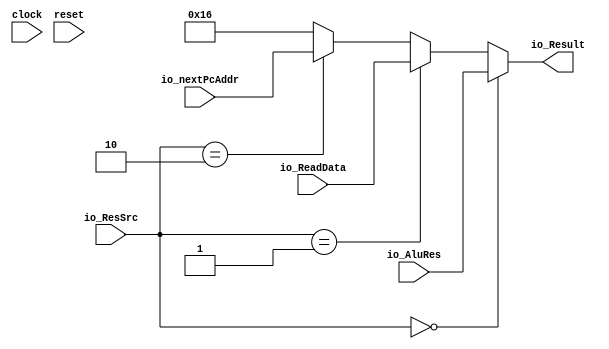
module ResultSel(
  input         clock,
  input         reset,
  input  [1:0]  io_ResSrc,
  input  [31:0] io_AluRes,
  input  [31:0] io_ReadData,
  input  [31:0] io_nextPcAddr,
  output [31:0] io_Result
);
  wire [31:0] _GEN_0 = io_ResSrc == 2'h2 ? $signed(io_nextPcAddr) : $signed(32'sh16); // @[ResultSel.scala 23:38 24:19 26:19]
  wire [31:0] _GEN_1 = io_ResSrc == 2'h1 ? $signed(io_ReadData) : $signed(_GEN_0); // @[ResultSel.scala 21:37 22:19]
  assign io_Result = io_ResSrc == 2'h0 ? $signed(io_AluRes) : $signed(_GEN_1); // @[ResultSel.scala 18:33 19:19]
endmodule